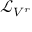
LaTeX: { \mathcal { L } } _ { V ^ { r } }